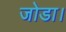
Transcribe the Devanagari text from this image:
जोडा।